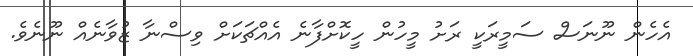
އެހެން ނޫނަސް ސަމީރަކީ ރަށު މީހުން ހީކޮށްފާނެ އެއްޗަކަށް ވިސްނާ ޒުވާނެއް ނޫނެވެ.